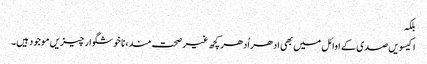
بلکہ
اکیسویں صدی کے اوائل میں بھی ادھر اُدھر کچھ غیر صحت مند، نا خوشگوار چیزیں موجود ہیں۔